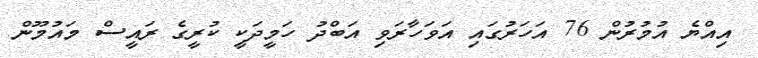
އިއްޔެ އުމުރުން 76 އަހަރުގައި އަވަހާރަވި އަބްދު ހަމީދަކީ ކުރީގެ ރައީސް މައުމޫން